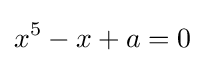
x^{5}-x+a=0